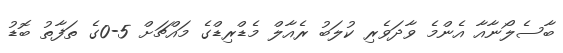
ބާސެލޯނާއާ އެންމެ ވާދަވެރި ކުލަބު ރެއާލް މެޑްރިޑްގެ މައްޗަށް 5-0ގެ ތަފާތު ބޮޑު